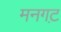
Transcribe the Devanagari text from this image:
मनगट़